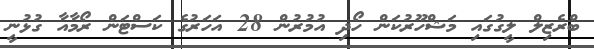
ބްރެޒިލް ލީގުގައި މަޝްހޫރުކަން ހޯދި އުމުރުން 28 އަހަރުގެ ކަސްޓަން ރޯމާއާ ގުޅުނީ